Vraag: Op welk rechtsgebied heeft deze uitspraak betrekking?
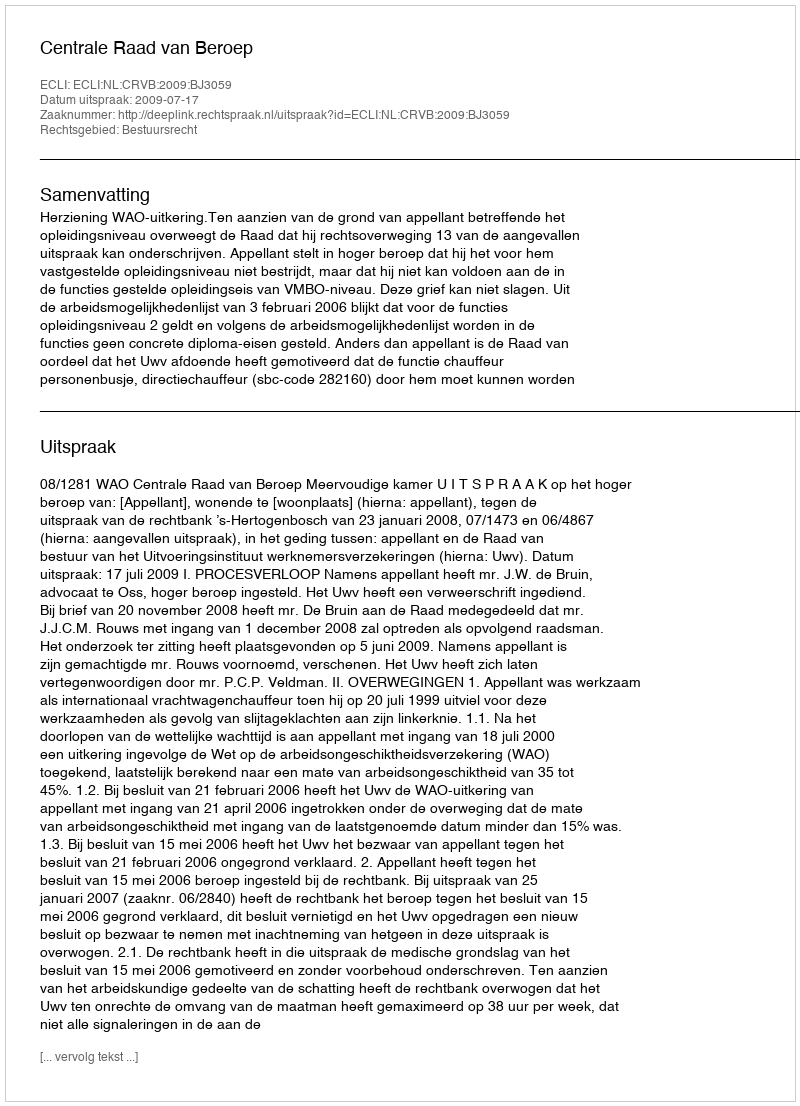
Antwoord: Bestuursrecht